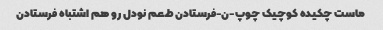
ماست چکیده کوچیک چوپ-ن-فرستادن طعم نودل رو هم اشتباه فرستادن